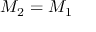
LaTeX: M _ { 2 } = M _ { 1 }